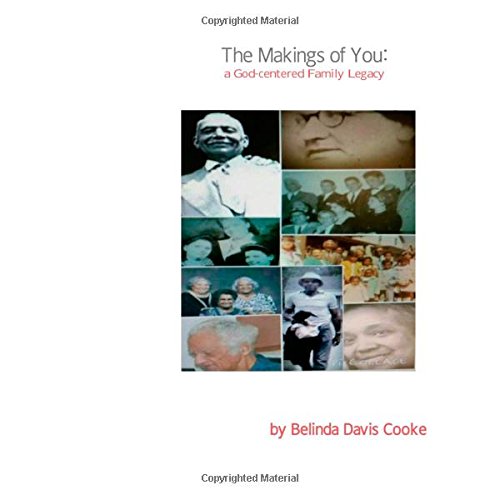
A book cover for The Makings of You: a God-Centered Family Legacy; Belinda D. Cooke; Parenting & Relationships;